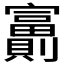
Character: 𡬂